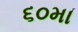
૬૦મા